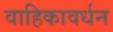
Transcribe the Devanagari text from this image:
वाहिकावर्धन